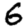
Digit: 6